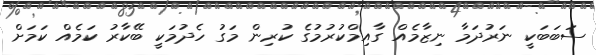
ސަބަބަކީ ނަރުދަމާ ނިޒާމެއް ގާއިމްކުރުމުގެ ކުރިން މަގު ހެދުމަކީ ބޭކާރު ކަމެއް ކަމަށް